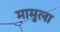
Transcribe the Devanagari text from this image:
मामुला